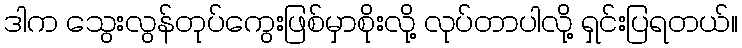
ဒါက သွေးလွန်တုပ်ကွေးဖြစ်မှာစိုးလို့ လုပ်တာပါလို့ ရှင်းပြရတယ်။